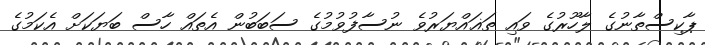
ޕާކިސްތާނުގެ ލާހޫރުގެ ވައި ތަޣައްޔަރުވެ ނުސާފުވުމުގެ ސަބަބުން އެތައް ހާސް ބަޔަކަށް އެކަމުގެ